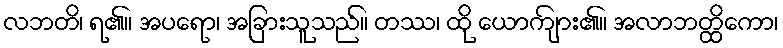
လဘတိ၊ ရ၏။ အပရော၊ အခြားသူသည်။ တဿ၊ ထို ယောကျ်ား၏။ အလာဘတ္ထိကော၊